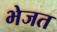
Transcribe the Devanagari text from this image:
भेजत